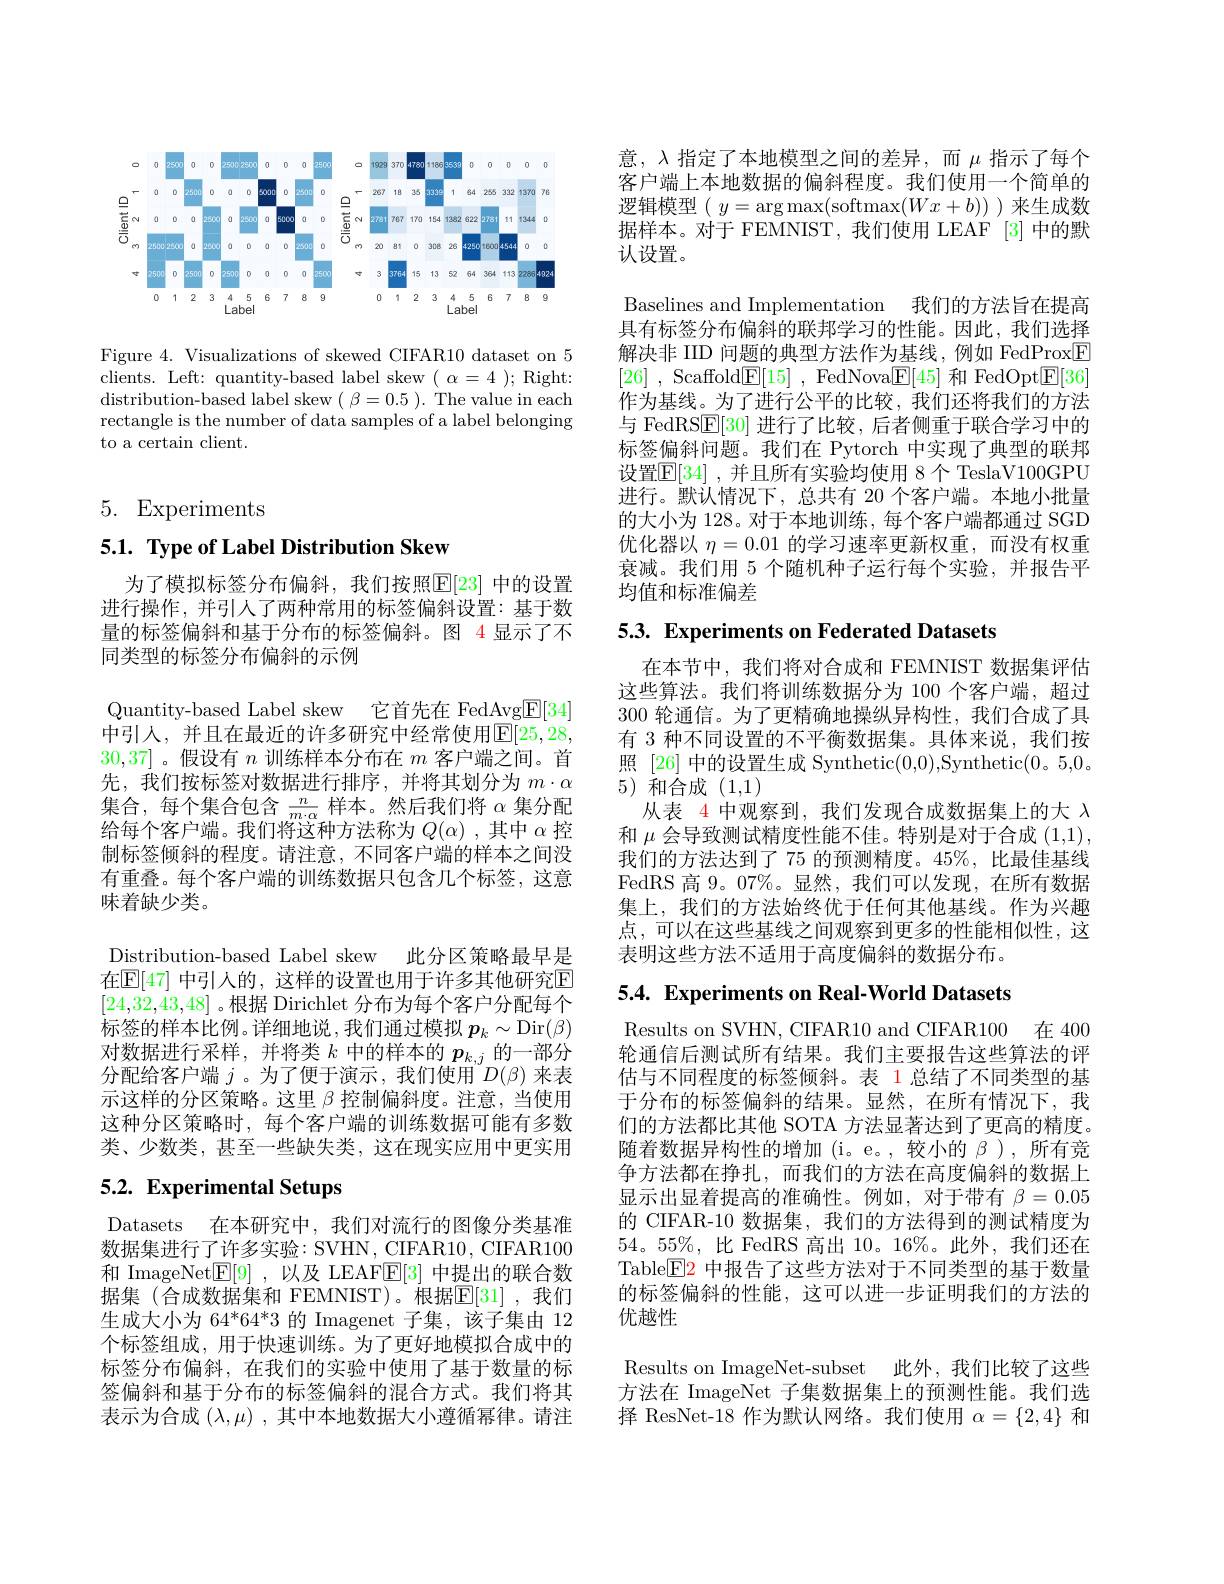
<FigureHere>

Figure 4. Visualizations of skewed CIFAR10 dataset on 5 clients. Left: quantity-based label skew $(\alpha=4);$ Right: distribution-based label skew $(\beta=0.5).$ The value in each rectangle is the number of data samples of a label belonging to a certain client.

5. Experiments

# 5.1. Type of Label Distribution Skew

为了模拟标签分布偏斜，我们按照$\boxed{\mathbb{E}}[23]$ 中的设置进行操作，并引人了两种常用的标签偏斜设置：基于数量的标签偏斜和基于分布的标签偏斜。图 4 显示了不同类型的标签分布偏斜的示例

Quantity-based Label skew 它首先在 FedAvg$\underline{\mathrm{E}}[34]$ 中引人，并且在最近的许多研究中经常使用$\overline{\mathbb{E}}[25,28$, 30,37]。假设有$n$训练样本分布在$m$客户端之间。首先，我们按标签对数据进行排序，并将其划分为$m\cdot\alpha$ 集合，每个集合包含$\frac n{m\cdot\alpha}$样本。然后我们将$\alpha$集分配给每个客户端。我们将这种方法称为$Q(\alpha)$ ,其中$\alpha$控制标签倾斜的程度。请注意，不同客户端的样本之间没有重叠。每个客户端的训练数据只包含几个标签，这意味着缺少类。
Distribution-based Label skew 此分区策略最早是在$\mathbb{E}[47]$ 中引入的，这样的设置也用于许多其他研究E [24,32,43,48] 。根据 Dirichlet 分布为每个客户分配每个标签的样本比例。详细地说，我们通过模拟$p_k\sim$Dir$(\beta)$ 对数据进行采样，并将类$k$中的样本的$p_k,j$的一部分分配给客户端 $j$ 。为了便于演示，我们使用$^\text{“}D(\beta)$ 来表示这样的分区策略。这里$\beta$控制偏斜度。注意，当使用这种分区策略时，每个客户端的训练数据可能有多数类、少数类，甚至一些缺失类，这在现实应用中更实用

# 5.2. Experimental Setups

Datasets 在本研究中，我们对流行的图像分类基准数据集进行了许多实验：SVHN, CIFAR10, CIFAR100和 ImageNet$\mathbb{E}[9]$ ,以及 LEAF$\mathbb{E}[3]$中提出的联合数据集(合成数据集和 FEMNIST)。根据$\mathbb{E}[$31],我们生成大小为 64*64*3 的 Imagenet 子集，该子集由 12个标签组成，用于快速训练。为了更好地模拟合成中的标签分布偏斜，在我们的实验中使用了基于数量的标签偏斜和基于分布的标签偏斜的混合方式。我们将其表示为合成$(\lambda,\mu)$ ,其中本地数据大小遵循幂律。请注

意，入指定了本地模型之间的差异，而$\mu$ 指示了每个客户端上本地数据的偏斜程度。我们使用一个简单的逻辑模型$(y=\arg\max($softmax$(Wx+b))$ )来生成数据样本。对于 FEMNIST, 我们使用 LEAF [3] 中的默认设置。

Baselines and Implementation 我们的方法旨在提高具有标签分布偏斜的联邦学习的性能。因此，我们选择解决非 IID 问题的典型方法作为基线，例如 FedProx$\boxed{\mathrm{F}}$ [26] , Scaffold$\underline {\mathrm{E} }[ 15]$ , FedNova$\underline {\mathrm{F} }[ 45]$ 和 FedOpt$\underline{\mathrm{E}}[36]$ 作为基线。为了进行公平的比较，我们还将我们的方法与 FedRS$\boxed{\mathrm{E}}[30]$进行了比较，后者侧重于联合学习中的标签偏斜问题。我们在 Pytorch 中实现了典型的联邦设置$\mathbb{E}[34]$ ,并且所有实验均使用 8个 TeslaV100GPU 进行。默认情况下，总共有 20 个客户端。本地小批量的大小为 128。对于本地训练，每个客户端都通过 SGD 优化器以$\eta=0.01$的学习速率更新权重，而没有权重衰减。我们用 5 个随机种子运行每个实验，并报告平均值和标准偏差

5.3. Experiments on Federated Datasets

在本节中，我们将对合成和 FEMNIST 数据集评估这些算法。我们将训练数据分为 100 个客户端，超过300 轮通信。为了更精确地操纵异构性，我们合成了具有 3 种不同设置的不平衡数据集。具体来说，我们按照 [26] 中的设置生成 Synthetic(0,0),Synthetic(0。5,0。5)和合成(1,1)
从表 4 中观察到，我们发现合成数据集上的大$\lambda$ 和$\mu$会导致测试精度性能不佳。特别是对于合成(1,1), 我们的方法达到了 75 的预测精度。45%, 比最佳基线FedRS 高 9。07%。显然，我们可以发现，在所有数据集上，我们的方法始终优于任何其他基线。作为兴趣点，可以在这些基线之间观察到更多的性能相似性，这表明这些方法不适用于高度偏斜的数据分布。

5.4. Experiments on Real-World Datasets

Results on SVHN, CIFAR10 and CIFAR100 在 400轮通信后测试所有结果。我们主要报告这些算法的评估与不同程度的标签倾斜。表 1 总结了不同类型的基于分布的标签偏斜的结果。显然，在所有情况下，我们的方法都比其他 SOTA 方法显著达到了更高的精度。随着数据异构性的增加(i。e。,较小的$\beta$ ),所有竞争方法都在挣扎，而我们的方法在高度偏斜的数据上显示出显着提高的准确性。例如，对于带有$\beta=0.05$ 的 CIFAR-10 数据集，我们的方法得到的测试精度为54。55%,比 FedRS 高出 10。16%。此外，我们还在Table$\boxed{\mathrm{E}}2$中报告了这些方法对于不同类型的基于数量的标签偏斜的性能，这可以进一步证明我们的方法的优越性

Results on ImageNet-subset 此外，我们比较了这些方法在 ImageNet 子集数据集上的预测性能。我们选择 ResNet-18 作为默认网络。我们使用$\alpha=\{2,4\}$和